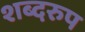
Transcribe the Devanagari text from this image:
शब्दरुप